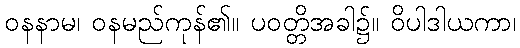
ဝနနာမ၊ ဝနမည်ကုန်၏။ ပဝတ္တိအခါ၌။ ဝိပါဒါယကာ၊